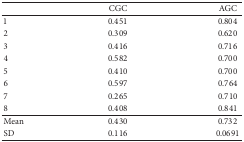
<table><thead><tr><td><b> </b></td><td><b>CGC</b></td><td><b>AGC</b></td></tr></thead><tbody><tr><td>1</td><td>0.451</td><td>0.804</td></tr><tr><td>2</td><td>0.309</td><td>0.620</td></tr><tr><td>3</td><td>0.416</td><td>0.716</td></tr><tr><td>4</td><td>0.582</td><td>0.700</td></tr><tr><td>5</td><td>0.410</td><td>0.700</td></tr><tr><td>6</td><td>0.597</td><td>0.764</td></tr><tr><td>7</td><td>0.265</td><td>0.710</td></tr><tr><td>8</td><td>0.408</td><td>0.841</td></tr><tr><td>Mean</td><td>0.430</td><td>0.732</td></tr><tr><td>SD</td><td>0.116</td><td>0.0691</td></tr></tbody></table>